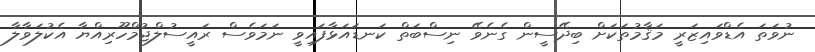
ނުވަތަ އެޑްވައިޒަރީ މަޤާމުތަކަށް ބިދޭސީން ގެނެވޭ ނިސްބަތް ކަނޑައަޅާފައިވީ ނަމަވެސް ރައީސުލްޖުމްހޫރިއްޔާ އެކުލަވާލާ